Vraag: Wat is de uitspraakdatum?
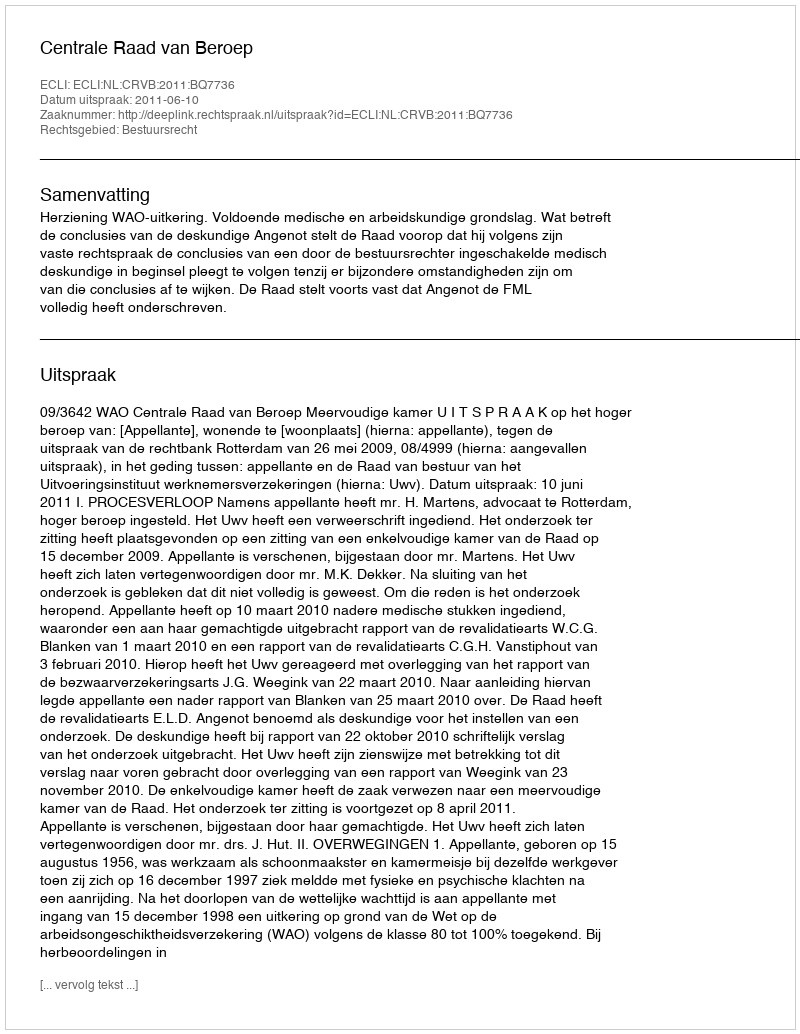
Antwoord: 2011-06-10